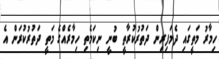
ހިމާރު މަތީގައި ދެމަފިރިން ދަތުރުކުރާތީ ބުނީ ނިކަމެތި ހިމާރެއްގެ މަތީ ދަތުރުކުރަން އެ